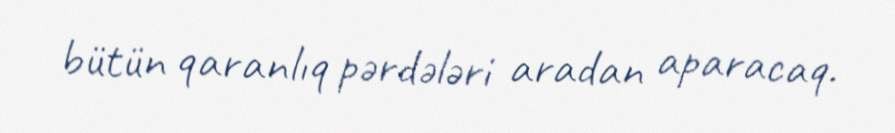
bütün qaranlıq pərdələri aradan aparacaq.